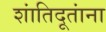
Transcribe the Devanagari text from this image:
शांतिदूतांना